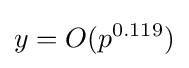
y=O(p^{0.119})